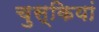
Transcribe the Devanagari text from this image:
चुस्कियां